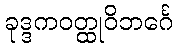
ခုဒ္ဒကဝတ္ထုဝိဘင်္ဂေ